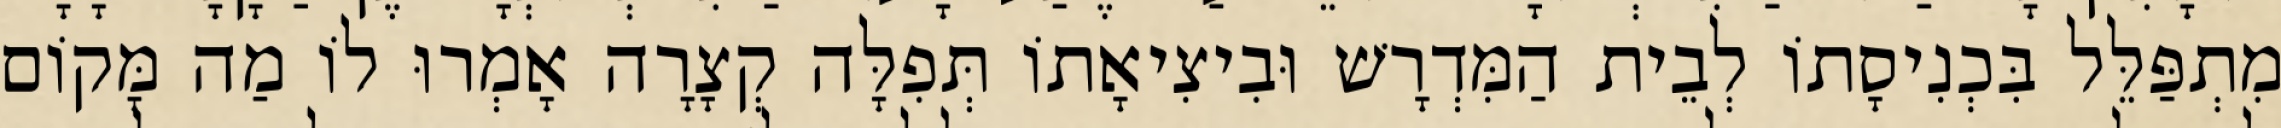
מִתְפַּלֵּל בִּכְנִיסָתוֹ לְבֵית הַמִּדְרָשׁ וּבִיצִיאָתוֹ תְּפִלָּה קְצָרָה אָמְרוּ לוֹ מַה מָּקוֹם